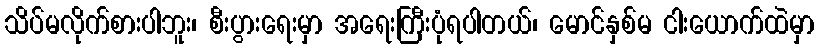
သိပ်မလိုက်စားပါဘူး၊ စီးပွားရေးမှာ အရေးကြီးပုံရပါတယ်၊ မောင်နှစ်မ ငါးယောက်ထဲမှာ